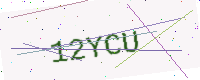
Text: 12YCU